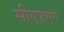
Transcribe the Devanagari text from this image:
सीएफ़एस